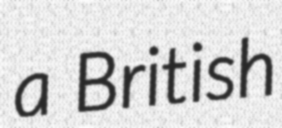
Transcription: a British